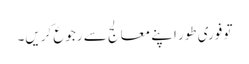
تو فوری طور اپنے معالج سے رجوع کریں۔